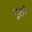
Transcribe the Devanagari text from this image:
गूशी